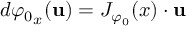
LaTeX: d { \varphi _ { 0 } } _ { x } ( { \mathbf { u } } ) = J _ { \varphi _ { 0 } } ( x ) \cdot { \mathbf { u } }